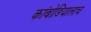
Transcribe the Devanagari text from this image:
कांबोडियालाच